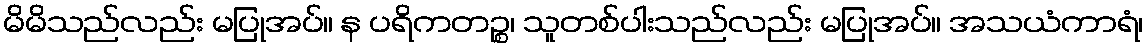
မိမိသည်လည်း မပြုအပ်။ န ပရိကတဉ္စ၊ သူတစ်ပါးသည်လည်း မပြုအပ်။ အသယံကာရံ၊